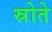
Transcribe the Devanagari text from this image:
स्रोते